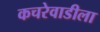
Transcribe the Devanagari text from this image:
कचरेवाडीला